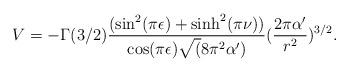
LaTeX: \begin{align*}V=-\Gamma(3/2)\frac{(\sin^{2}(\pi \epsilon) +\sinh^{2}(\pi\nu))}{\cos(\pi \epsilon)\sqrt(8\pi^{2} \alpha ')}(\frac{2\pi \alpha '}{r^{2}})^{3/2}.\end{align*}